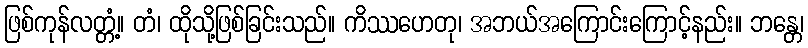
ဖြစ်ကုန်လတ္တံ့။ တံ၊ ထိုသို့ဖြစ်ခြင်းသည်။ ကိဿဟေတု၊ အဘယ်အကြောင်းကြောင့်နည်း။ ဘန္တေ၊